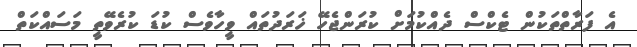
އެ ފަރާތްތަކުން ޓެކްސް ދެއްކުމަށް ކުރަންޖެހޭ ޚަރަދުތައް ވީހާވެސް ކުޑަ ކުރެވޭތީ މަސައްކަތް